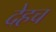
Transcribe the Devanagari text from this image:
देहच